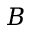
B